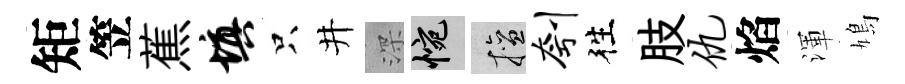
矩笠蕉填只井深惋擅刳徃肢仇焰渾鳩